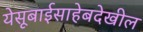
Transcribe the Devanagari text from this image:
येसूबाईसाहेबदेखील